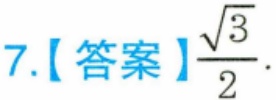
7.【答案】$\frac{\sqrt{3}}{2}.$